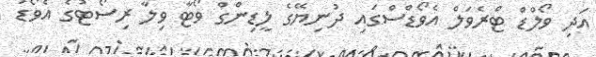
އަދި ވޯލްޑް ޓްރެވަލް އެވޯޑްސްގައި ދުނިޔޭގެ ލީޑިންގް ވޯޓާ ވިލާ ރިސޯޓުގެ އެވޯޑު